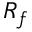
R _ { f }